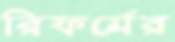
রিফর্মের